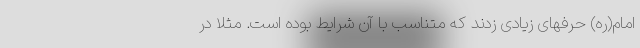
امام(ره) حرفهای زیادی زدند که متناسب با آن شرایط بوده است. مثلا در